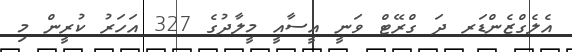
އެލެގްޒެންޑަރ ދަ ގްރޭޓް ވަނީ އީސާއީ މީލާދުގެ 327 އަހަރު ކުރީން މި